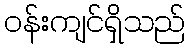
ဝန်းကျင်ရှိသည်